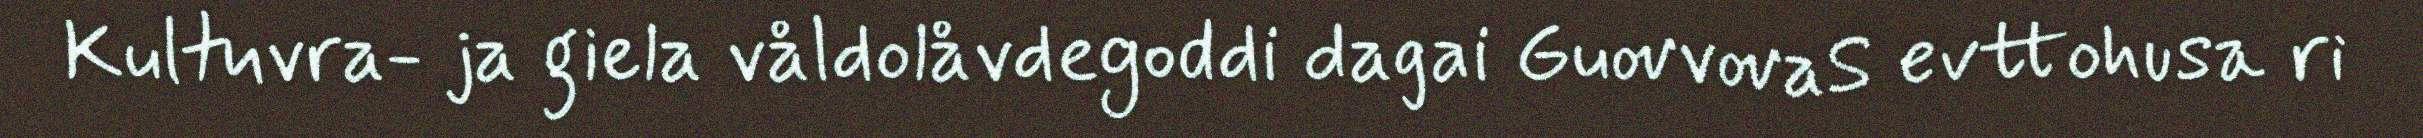
Kultuvra- ja giela våldolåvdegoddi dagai GuovvovaS evttohusa ri